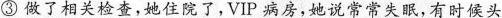
③ 做了相关检查，她住院了，VIP 病房，她说常常失眠，有时侯头